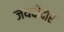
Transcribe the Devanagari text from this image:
जयकेदार